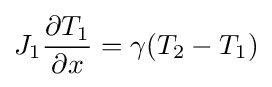
J_{1}{\frac {\partial T_{1}}{\partial x}}=\gamma (T_{2}-T_{1})